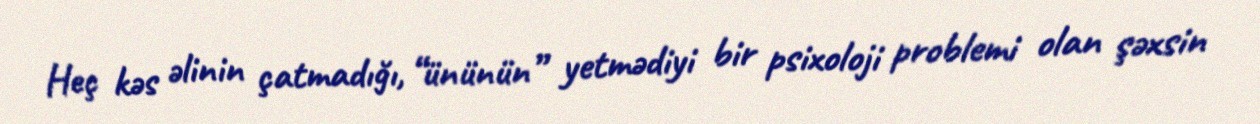
Heç kəs əlinin çatmadığı, “ününün” yetmədiyi bir psixoloji problemi olan şəxsin